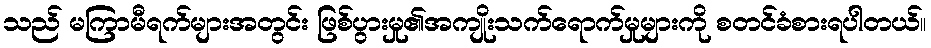
သည် မကြာမီရက်များအတွင်း ဖြစ်ပွားမှု၏အကျိုးသက်ရောက်မှုများကို စတင်ခံစားရပါတယ်။